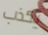
يكذب